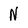
Character: N